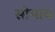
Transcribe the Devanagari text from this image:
सोमाय